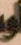
و